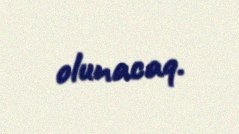
olunacaq.